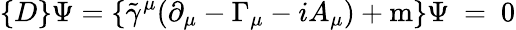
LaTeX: \{ D\} \Psi=\left\{ {\tilde{\gamma}}^{\mu}(\partial_{\mu}-\Gamma_{\mu}-iA_{\mu})+\mathrm{m}\right\} \Psi~=~0